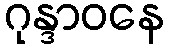
ဂုန္ဒာဝနေ